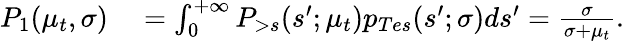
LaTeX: \begin{array}{rl}{P_{1}(\mu_{t},\sigma)}&{{}=\int_{0}^{+\infty}P_{>s}(s^{\prime};\mu_{t})p_{Tes}(s^{\prime};\sigma)ds^{\prime}=\frac{\sigma}{\sigma+\mu_{t}}.}\end{array}